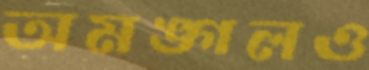
অমঙ্গলও